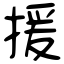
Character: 援